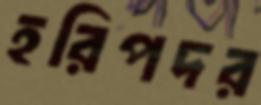
হরিপদর